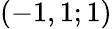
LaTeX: (-1,1;1)